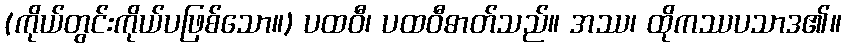
(ကိုယ်တွင်းကိုယ်ပဖြစ်သော။) ပထဝီ၊ ပထဝီဓာတ်သည်။ အဿ၊ ထိုကဿပသာဒ၏။